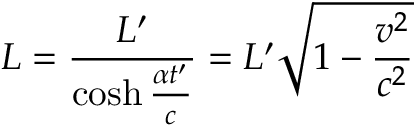
L = { \frac { L ^ { \prime } } { \cosh { \frac { \alpha t ^ { \prime } } { c } } } } = L ^ { \prime } { \sqrt { 1 - { \frac { v ^ { 2 } } { c ^ { 2 } } } } }